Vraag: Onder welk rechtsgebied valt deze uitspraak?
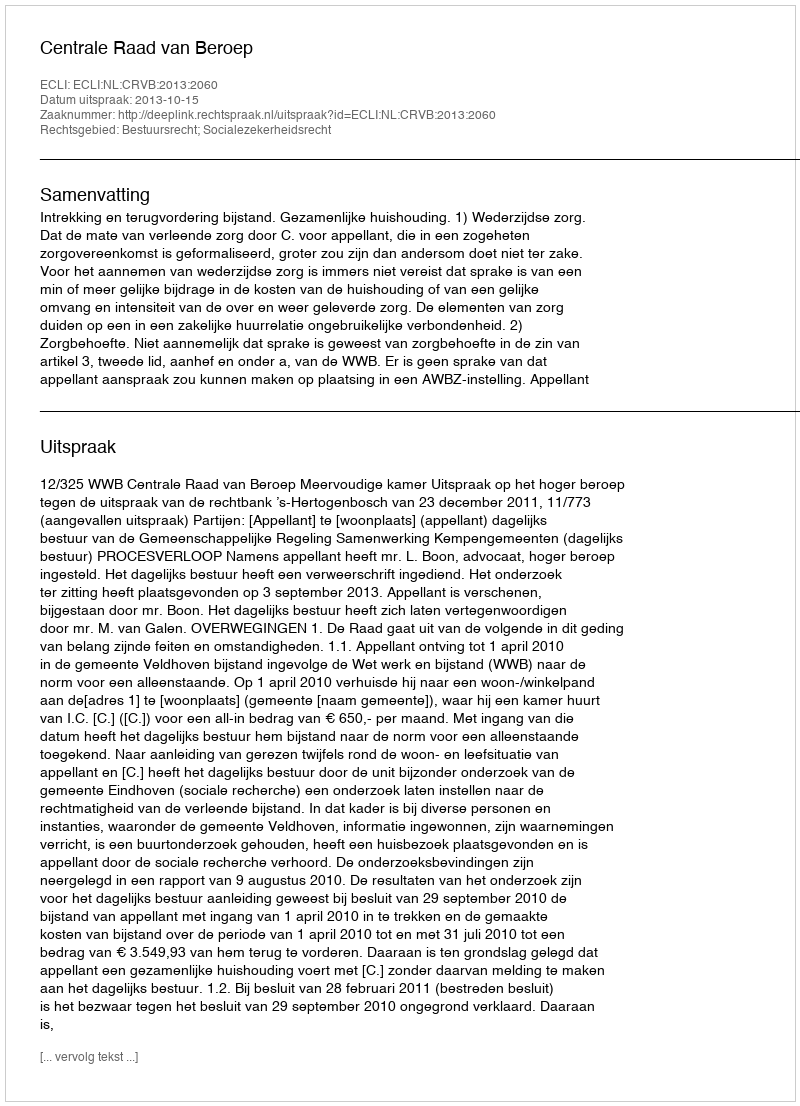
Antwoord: Bestuursrecht; Socialezekerheidsrecht